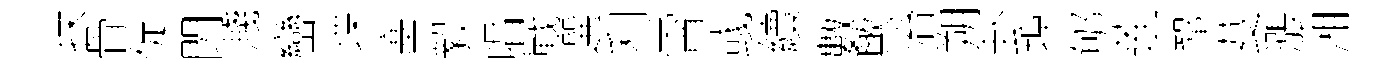
抹骨促閃濺巒堞塞毅唱戰選利霄彧續數歟治朔卦埠郇莲鞏芟漲湘